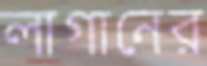
লাগানের